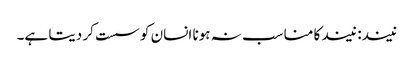
نیند: نیند کا مناسب نہ ہونا انسان کو سست کر دیتا ہے۔